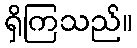
ရှိကြသည်။